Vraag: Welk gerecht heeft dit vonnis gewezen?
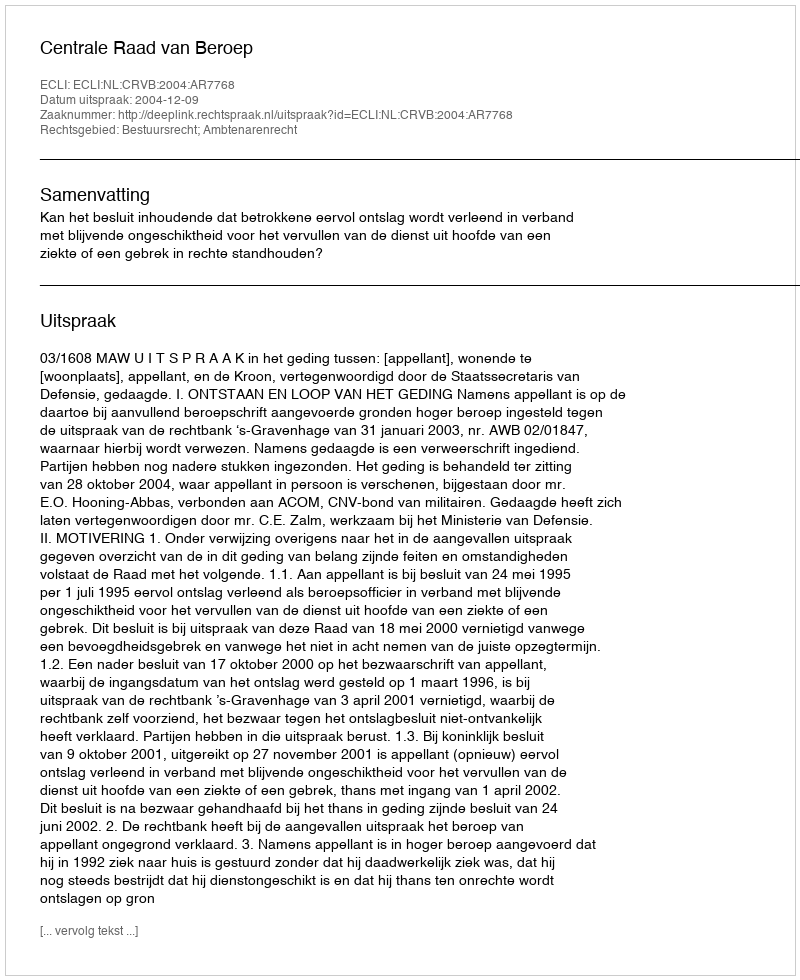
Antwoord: Centrale Raad van Beroep